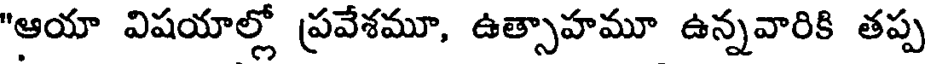
"ఆయా విషయాల్లో ప్రవేశమూ, ఉత్సాహమూ ఉన్నవారికి తప్ప